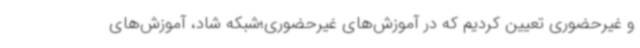
و غیرحضوری تعیین کردیم که در آموزش‌های غیرحضوری؛شبکه شاد، آموزش‌های